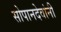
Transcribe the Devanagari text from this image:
सोपानदेवांनी